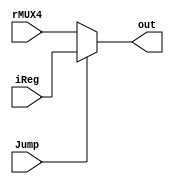
module MUX5 (
  input wire [7:0] iReg,
  input wire [7:0] rMUX4,
  output wire [7:0] out,
  input Jump
);
  reg [7:0] regout;
  
  
  always @(iReg or rMUX4 or Jump)
    begin
        regout = rMUX4;
        if (Jump) begin
            regout = iReg;
        end 
    end
  assign out = regout;
endmodule